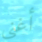
أغنى